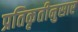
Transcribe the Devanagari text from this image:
प्रतिकृतीनुसार